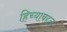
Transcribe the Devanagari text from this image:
हिच्याबद्दल